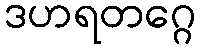
ဒဟရတဂ္ဂေ